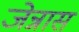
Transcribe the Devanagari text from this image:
जेन्नास